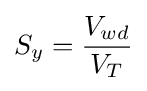
S_{y}={\frac {V_{wd}}{V_{T}}}